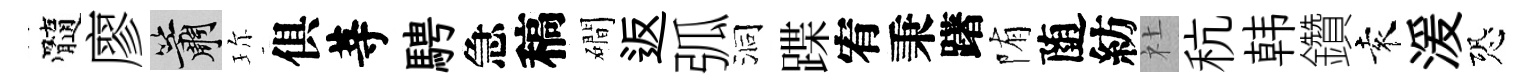
髓廖簫珎俱䓁騁急稿磵返弧洞蹀宥秉躇陏随紡社秔韩鑽袁湲恐